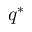
q ^ { * }